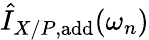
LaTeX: \hat{I}_{X/P,\mathrm{add}}(\omega_{n})